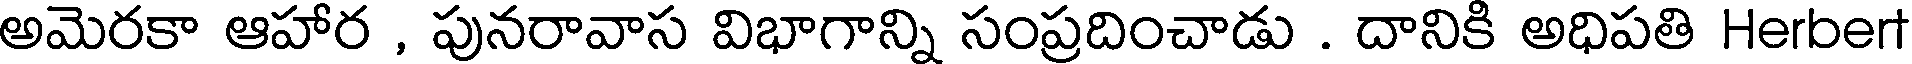
అమెరకా ఆహార , పునరావాస విభాగాన్ని సంప్రదించాడు . దానికి అధిపతి Herbert